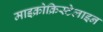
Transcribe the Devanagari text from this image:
माइक्रोक्रिस्टेलाइन